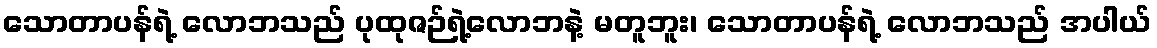
သောတာပန်ရဲ့ လောဘသည် ပုထုဇဉ်ရဲ့လောဘနဲ့ မတူဘူး၊ သောတာပန်ရဲ့ လောဘသည် အပါယ်